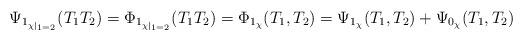
LaTeX: \begin{align*}\Psi_{1_{\chi|_{1=2}}}(T_1T_2) = \Phi_{1_{\chi|_{1=2}}}(T_1T_2) = \Phi_{1_\chi}(T_1, T_2) = \Psi_{1_\chi}(T_1, T_2) + \Psi_{0_\chi}(T_1, T_2)\end{align*}